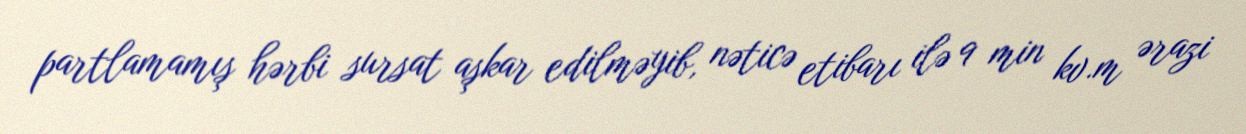
partlamamış hərbi sursat aşkar edilməyib, nəticə etibarı ilə 9 min kv.m ərazi